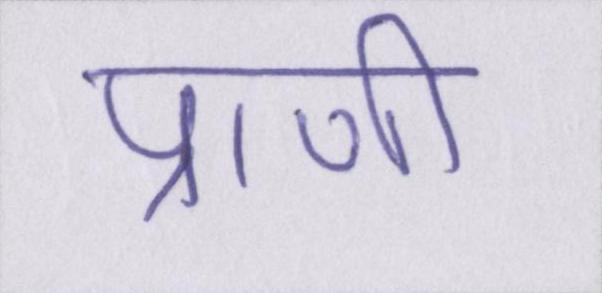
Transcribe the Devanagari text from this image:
प्राणी